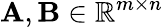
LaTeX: \mathbf{A},\mathbf{B}\in\mathbb{R}^{m\times n}